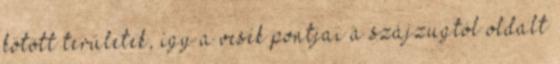
kötött területek, így a vesék pontjai a szájzugtól oldalt